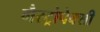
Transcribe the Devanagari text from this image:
गैस्ट्रोपेक्सी